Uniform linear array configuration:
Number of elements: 64
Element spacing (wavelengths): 1
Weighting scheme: blackman
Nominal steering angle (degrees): -45
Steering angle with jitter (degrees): -43.101
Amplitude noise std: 0.05
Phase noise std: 0.05

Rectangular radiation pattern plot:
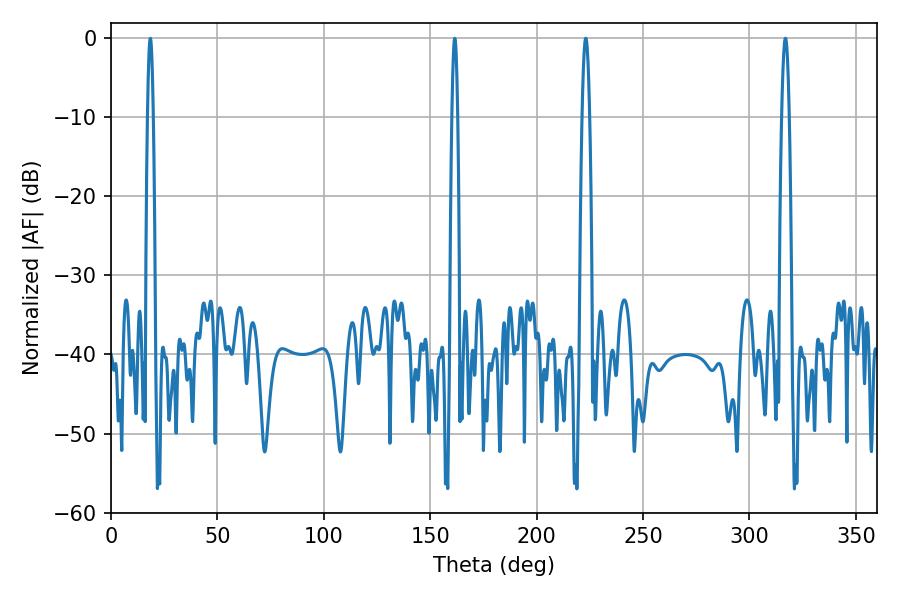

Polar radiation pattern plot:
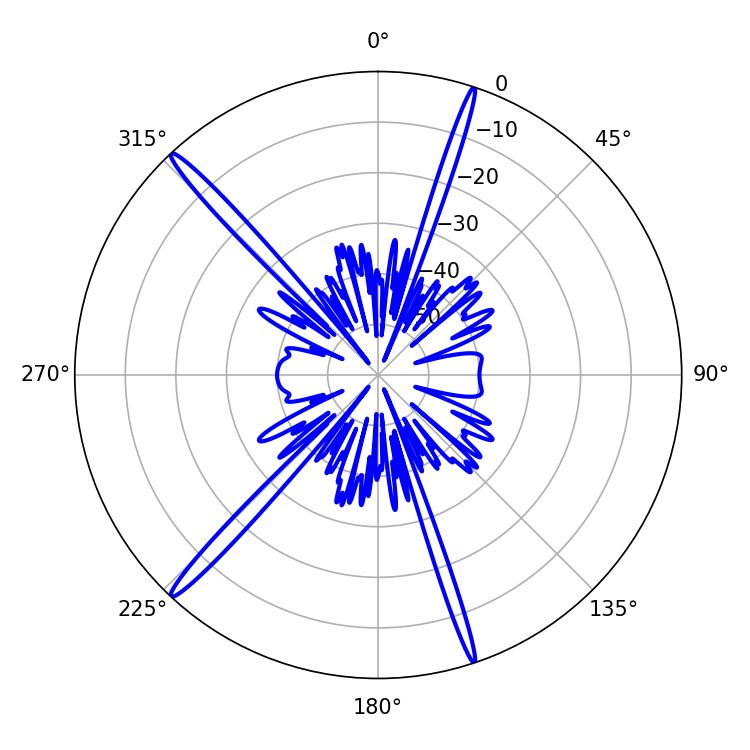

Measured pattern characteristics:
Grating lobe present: TRUE
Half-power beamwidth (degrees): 1.98
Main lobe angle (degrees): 223.02